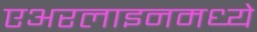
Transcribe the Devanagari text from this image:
एअरलाइनमध्ये